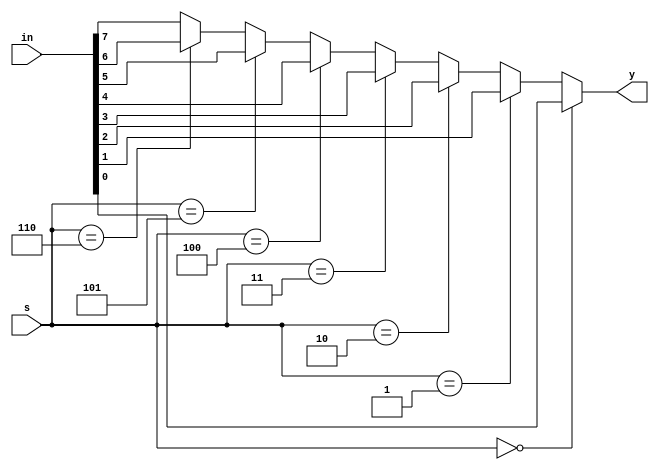
module mux(y,s,in);
output  y;
input [7:0] in;
input [2:0] s;
reg y;
always @(s)
begin
if(s==3'd0) y=in[0];
else if(s==3'd1) y=in[1];
else if(s==3'd2) y=in[2];
else if(s==3'd3) y=in[3];
else if(s==3'd4) y=in[4];
else if(s==3'd5) y=in[5];
else if(s==3'd6) y=in[6];
else  y=in[7];
end
endmodule

// TestBench

module tb_mux();
reg [7:0]in;
reg [2:0]s;
wire y;
mux m1(y,s,in);
initial
begin
in=8'b10110110;
s[0]=1'b0;
s[1]=1'b0;
s[2]=1'b0;
end
always #40  s[2]=~s[2];
always #20  s[1]=~s[1];
always #10  s[0]=~s[0];
initial
begin
#200 $finish;
end
endmodule